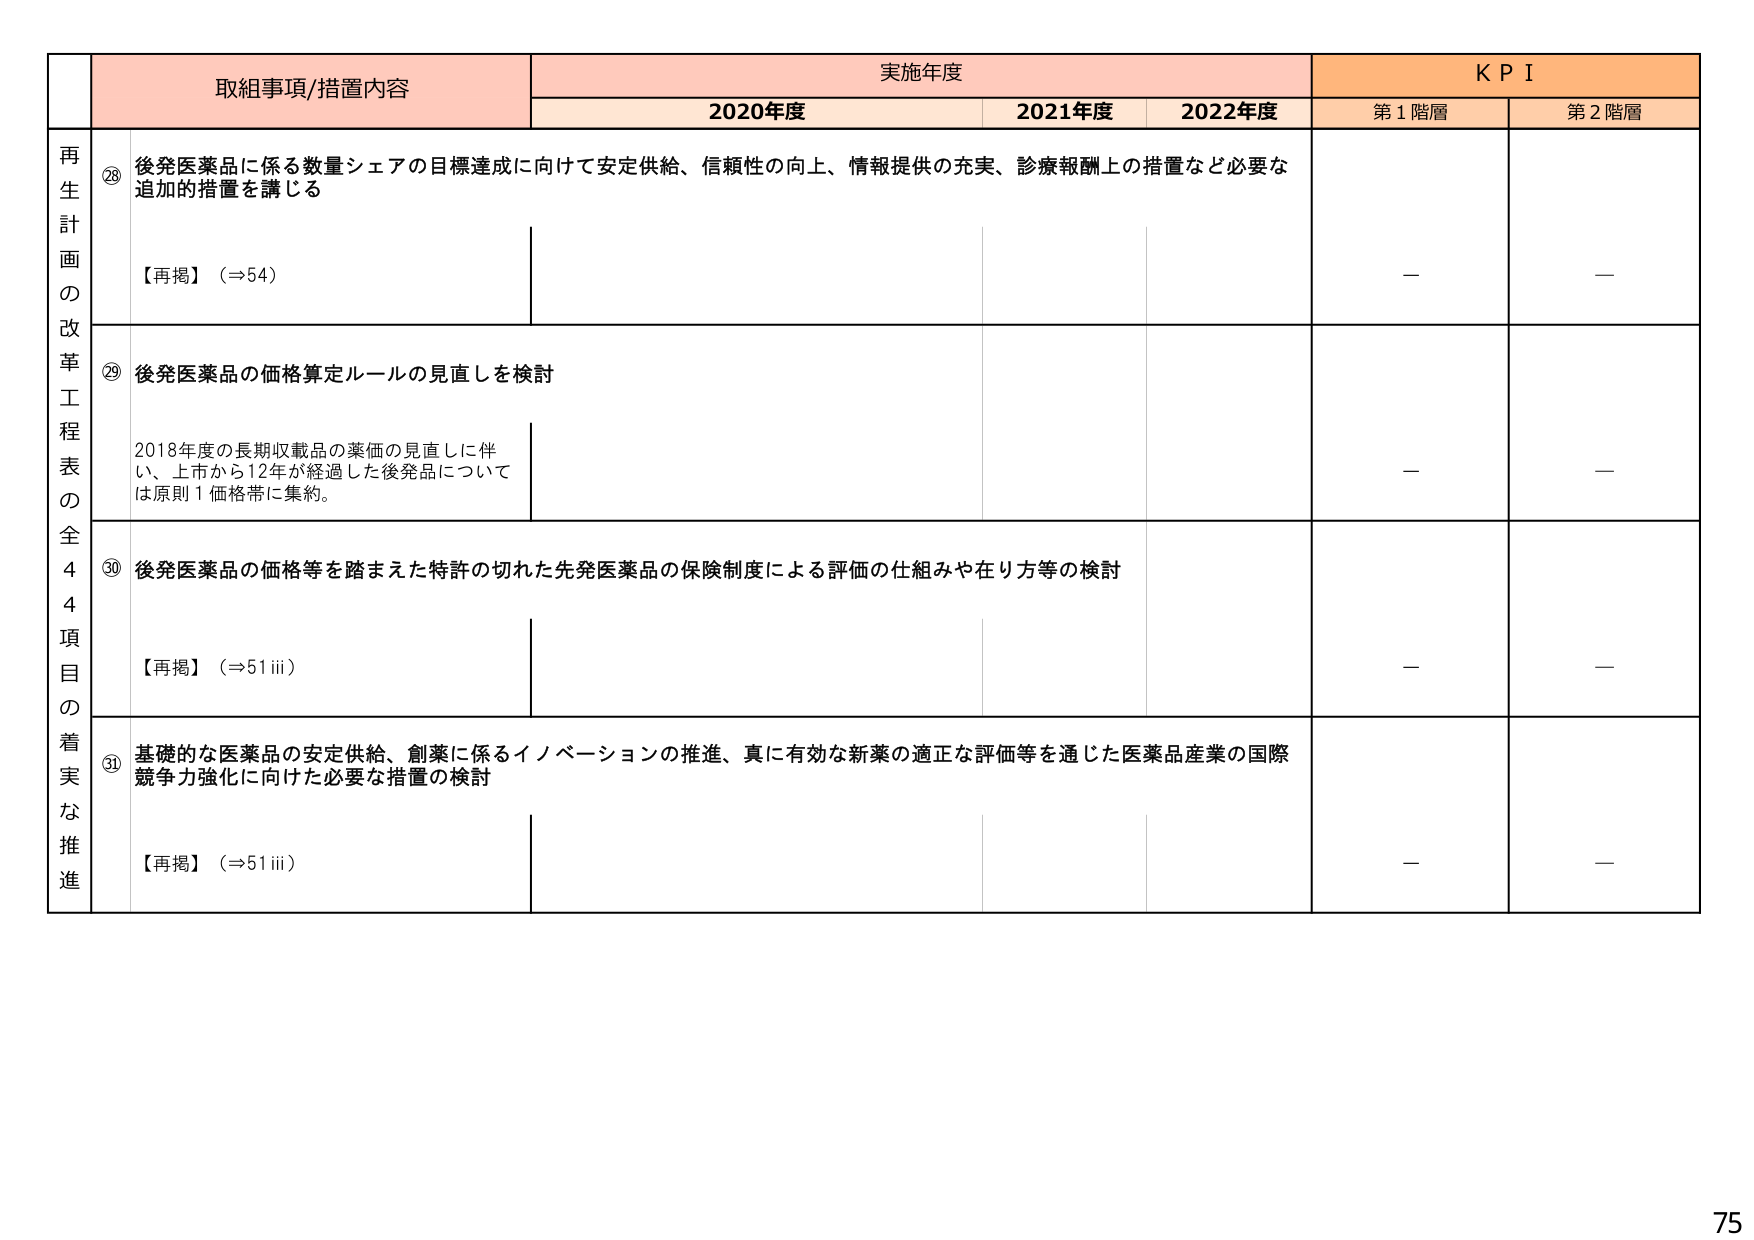
再生計画の改革工程表の全44項目の着実な推進

取組事項/措置内容

実施年度

KPI

2020年度

2021年度

2022年度

第1階層

第2階層

⑳ 後発医薬品に係る数量シェアの目標達成に向けて安定供給、信頼性の向上、情報提供の充実、診療報酬上の措置など必要な追加的措置を講じる

【再掲】（⇒54）

—

—

㉑ 後発医薬品の価格算定ルールの見直しを検討

2018年度の長期収載品の薬価の見直しに伴い、上市から12年が経過した後発品については原則1価格帯に集約。

—

—

㉒ 後発医薬品の価格等を踏まえた特許の切れた先発医薬品の保険制度による評価の仕組みや在り方等の検討

【再掲】（⇒51ⅲ）

—

—

㉓ 基礎的な医薬品の安定供給、創薬に係るイノベーションの推進、真に有効な新薬の適正な評価等を通じた医薬品産業の国際競争力強化に向けた必要な措置の検討

【再掲】（⇒51ⅲ）

—

—

75